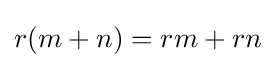
r(m+n)=rm+rn